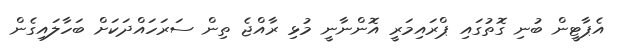
އެޕާޓީން ބުނި ގޮތުގައި ޕްރައިމަރީ އޮންނާނީ މުޅި ރާއްޖެ ތިން ސަރަހައްދަކަށް ބަހާލައިގެން